Annual statistical returns and brief notes on vaccination in Bengal - 1896-1909
Year: 1896
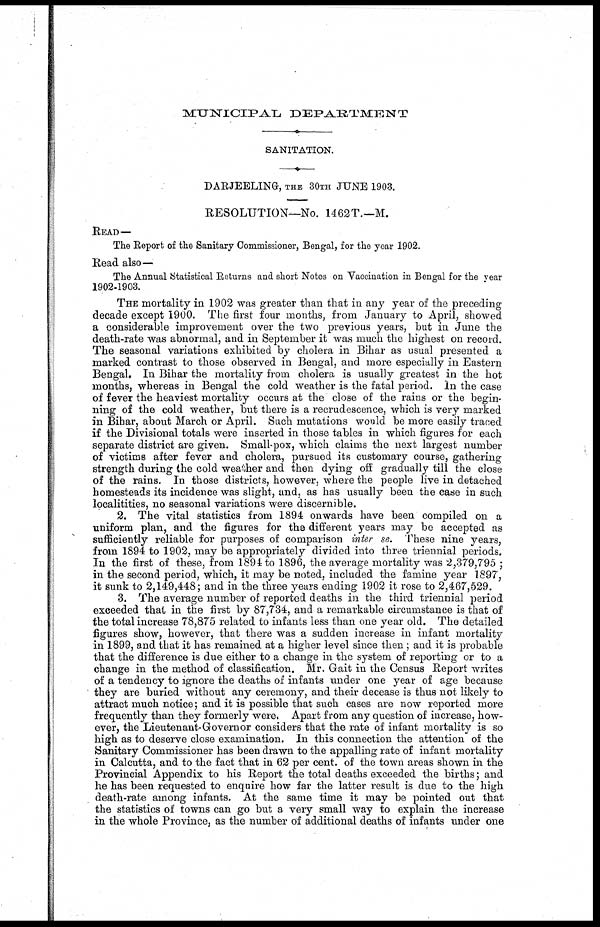
MUNICIPAL
DEPARTMENT
SANITATION.
DARJEELING, THE 30TH JUNE 1903.
RESOLUTION—No. 1462T.—M.
READ—
The Report of the Sanitary Commissioner, Bengal, for the year 1902.
Read also—
The Annual Statistical Returns and short Notes on Vaccination in Bengal for the year
1902-1903.
THE mortality in 1902 was greater than that in any year of the preceding
decade except 1900. The first four months, from January to April, showed
a considerable improvement over the two previous years, but in June the
death-rate was abnormal, and in September it was much the highest on record.
The seasonal variations exhibited by cholera in Bihar as usual presented a
marked contrast to those observed in Bengal, and more especially in Eastern
Bengal. In Bihar the mortality from cholera is usually greatest in the hot
months, whereas in Bengal the cold weather is the fatal period. In the case
of fever the heaviest mortality occurs at the close of the rains or the begin-
ning of the cold weather, but there is a recrudescence, which is very marked
in Bihar, about March or April. Such mutations would be more easily traced
if the Divisional totals were inserted in those tables in which figures for each
separate district are given. Small-pox, which claims the next largest number
of victims after fever and cholera, pursued its customary course, gathering
strength during the cold weather and then dying off gradually till the close
of the rains. In those districts, however, where the people live in detached
homesteads its incidence was slight, and, as has usually been the case in such
localitities, no seasonal variations were discernible.
2. The vital statistics from 1894 onwards have been compiled on a
uniform plan, and the figures for the different years may be accepted as
sufficiently reliable for purposes of comparison inter se. These nine years,
from 1894 to 1902, may be appropriately divided into three triennial periods.
In the first of these, from 1894 to 1896, the average mortality was 2,379,795 ;
in the second period, which, it may be noted, included the famine year 1897,
it sunk to 2,149,448; and in the three years ending 1902 it rose to 2,467,529.
3. The average number of reported deaths in the third triennial period
exceeded that in the first by 87,734, and a remarkable circumstance is that of
the total increase 78,875 related to infants less than one year old. The detailed
figures show, however, that there was a sudden increase in infant mortality
in 1899, and that it has remained at a higher level since then ; and it is probable
that the difference is due either to a change in the system of reporting or to a
change in the method of classification. Mr. Gait in the Census Report writes
of a tendency to ignore the deaths of infants under one year of age because
they are buried without any ceremony, and their decease is thus not likely to
attract much notice; and it is possible that such cases are now reported more
frequently than they formerly were. Apart from any question of increase, how-
ever, the Lieutenant-Governor considers that the rate of infant mortality is so
high as to deserve close examination. In this connection the attention of the
Sanitary Commissioner has been drawn to the appalling rate of infant mortality
in Calcutta, and to the fact that in 62 per cent. of the town areas shown in the
Provincial Appendix to his Report the total deaths exceeded the births; and
he has been requested to enquire how far the latter result is due to the high
death-rate among infants. At the same time it may be pointed out that
the statistics of towns can go but a very small way to explain the increase
in the whole Province, as the number of additional deaths of infants under one